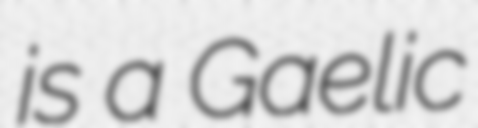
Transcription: is a Gaelic